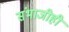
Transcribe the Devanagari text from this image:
संभाजीही